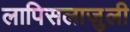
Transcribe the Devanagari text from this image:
लापिसलाजुली